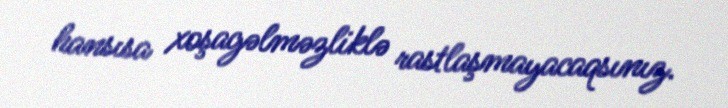
hansısa xoşagəlməzliklə rastlaşmayacaqsınız.